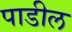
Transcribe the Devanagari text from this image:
पाडील